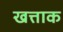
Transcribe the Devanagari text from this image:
खत्ताक